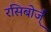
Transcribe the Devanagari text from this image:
रसिबोर्ज्